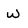
Character: w